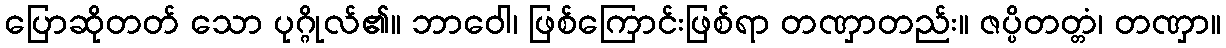
ပြောဆိုတတ် သော ပုဂ္ဂိုလ်၏။ ဘာဝေါ၊ ဖြစ်ကြောင်းဖြစ်ရာ တဏှာတည်း။ ဇပ္ပိတတ္တံ၊ တဏှာ။